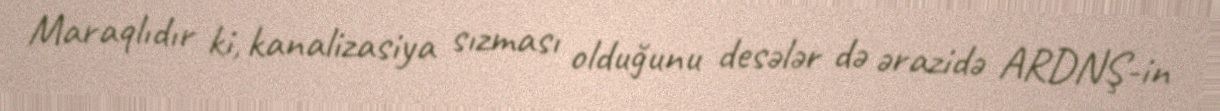
Maraqlıdır ki, kanalizasiya sızması olduğunu desələr də ərazidə ARDNŞ-in